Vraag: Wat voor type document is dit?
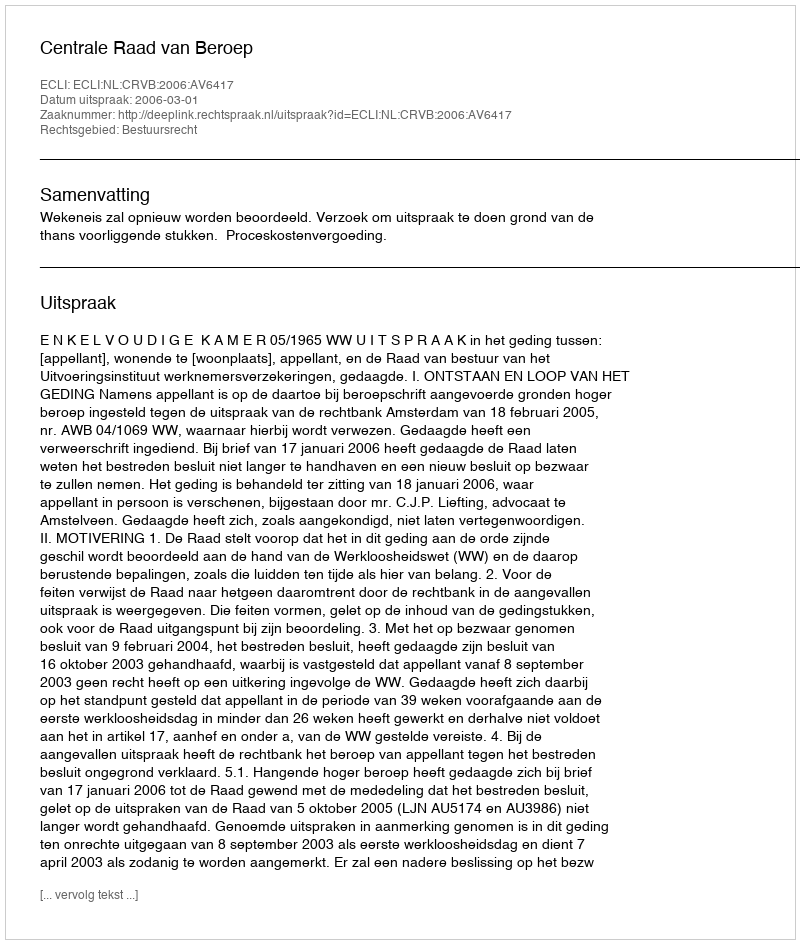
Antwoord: Uitspraak